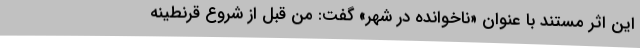
این اثر مستند با عنوان «ناخوانده در شهر» گفت: من قبل از شروع قرنطینه